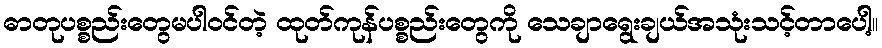
ဓာတုပစ္စည်းတွေမပါဝင်တဲ့ ထုတ်ကုန်ပစ္စည်းတွေကို သေချာရွေးချယ်အသုံးသင့်တာပေါ့။